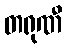
တရုဏီ